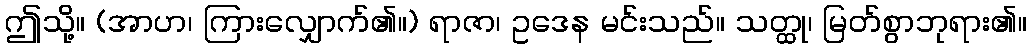
ဤသို့။ (အာဟ၊ ကြားလျှောက်၏။) ရာဇာ၊ ဥဒေန မင်းသည်။ သတ္ထု၊ မြတ်စွာဘုရား၏။